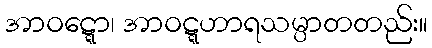
အာဝဋ္ဋော၊ အာဝဋ္ဋဟာရသမ္ပာတတည်း။